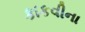
કાકવીના